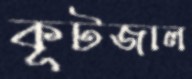
কূটজাল